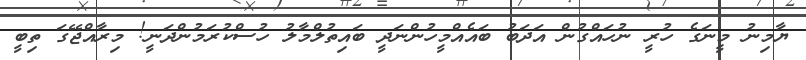
ޔާމިނު މީނަގެ ހުރީ ނުހައްގުން އަދަބު ބައެއްމީހުންނަދީ ބައިތުލްމާލު ހުސްކުރަމުންދަނީ! މިރާއްޖޭގަ ތިބީ